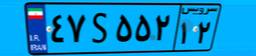
۰۷S۸۲۶۷۶